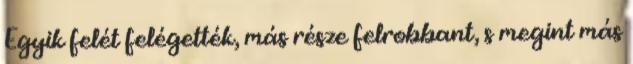
Egyik felét felégették, más része felrobbant, s megint más